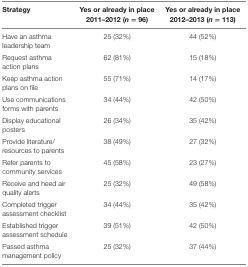
| Strategy | Yes or already in place 2011–2012 (n = 96) | Yes or already in place 2012–2013 (n = 113) |
 | --- | --- | --- |
 | Have an asthma leadership team | 25 (32%) | 44 (52%) |
 | Request asthma action plans | 62 (81%) | 15 (18%) |
 | Keep asthma action plans on file | 55 (71%) | 14 (17%) |
 | Use communications forms with parents | 34 (44%) | 42 (50%) |
 | Display educational posters | 26 (34%) | 35 (42%) |
 | Provide literature/resources to parents | 38 (49%) | 27 (32%) |
 | Refer parents to community services | 45 (58%) | 23 (27%) |
 | Receive and heed air quality alerts | 25 (32%) | 49 (58%) |
 | Completed trigger assessment checklist | 34 (44%) | 35 (42%) |
 | Established trigger assessment schedule | 39 (51%) | 42 (50%) |
 | Passed asthma management policy | 25 (32%) | 37 (44%) |